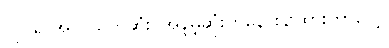
လုပ်ရ အလွယ်ကူဆုံး၊ အနိမ့်ဆုံးကနေ စဉ်ထားတာပေါ့။